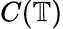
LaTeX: C(\mathbb{T})